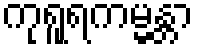
ကုရူရကမ္မန္တာ